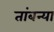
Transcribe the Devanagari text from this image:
तांबन्या